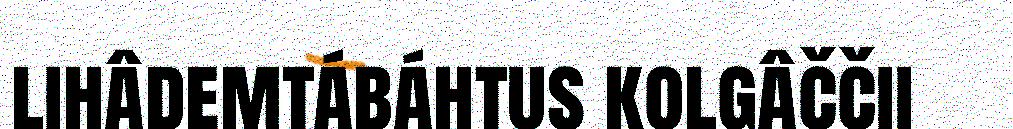
lihâdemtábáhtus kolgâččii